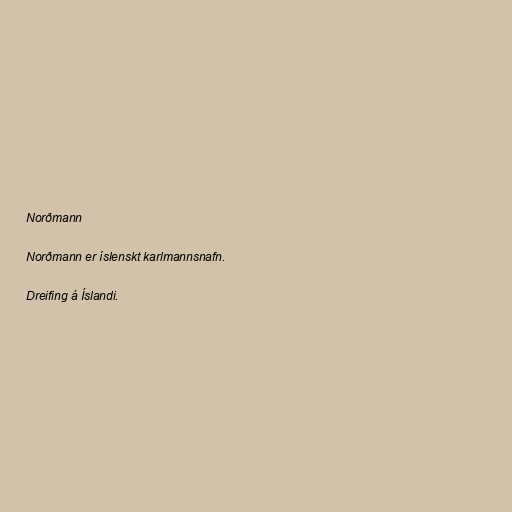
Norðmann

Norðmann er íslenskt karlmannsnafn.

Dreifing á Íslandi.